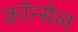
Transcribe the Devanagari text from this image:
कॉन्सेल